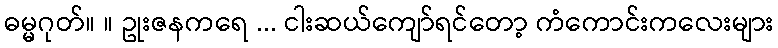
ဓမ္မဂုတ်။ ။ ဥုးဇနကရေ ... ငါးဆယ်ကျော်ရင်တော့ ကံကောင်းကလေးများ